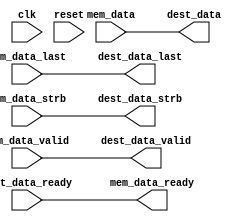
// ***************************************************************************
// ***************************************************************************
// Copyright 2014 - 2017 (c) Analog Devices, Inc. All rights reserved.
//
// In this HDL repository, there are many different and unique modules, consisting
// of various HDL (Verilog or VHDL) components. The individual modules are
// developed independently, and may be accompanied by separate and unique license
// terms.
//
// The user should read each of these license terms, and understand the
// freedoms and responsibilities that he or she has by using this source/core.
//
// This core is distributed in the hope that it will be useful, but WITHOUT ANY
// WARRANTY; without even the implied warranty of MERCHANTABILITY or FITNESS FOR
// A PARTICULAR PURPOSE.
//
// Redistribution and use of source or resulting binaries, with or without modification
// of this file, are permitted under one of the following two license terms:
//
//   1. The GNU General Public License version 2 as published by the
//      Free Software Foundation, which can be found in the top level directory
//      of this repository (LICENSE_GPL2), and also online at:
//      <https://www.gnu.org/licenses/old-licenses/gpl-2.0.html>
//
// OR
//
//   2. An ADI specific BSD license, which can be found in the top level directory
//      of this repository (LICENSE_ADIBSD), and also on-line at:
//      https://github.com/analogdevicesinc/hdl/blob/master/LICENSE_ADIBSD
//      This will allow to generate bit files and not release the source code,
//      as long as it attaches to an ADI device.
//
// ***************************************************************************
// ***************************************************************************

`timescale 1ns/100ps

module axi_dmac_resize_dest #(
  parameter DATA_WIDTH_DEST = 64,
  parameter DATA_WIDTH_MEM = 64
) (
  input clk,
  input reset,

  input mem_data_valid,
  output mem_data_ready,
  input [DATA_WIDTH_MEM-1:0] mem_data,
  input mem_data_last,
  input [DATA_WIDTH_MEM/8-1:0] mem_data_strb,

  output dest_data_valid,
  input dest_data_ready,
  output [DATA_WIDTH_DEST-1:0] dest_data,
  output dest_data_last,
  output [DATA_WIDTH_DEST/8-1:0] dest_data_strb
);

/*
 * Resize the data width between the burst memory and the destination interface
 * if necessary.
 */

generate if (DATA_WIDTH_DEST == DATA_WIDTH_MEM)  begin
  assign dest_data_valid = mem_data_valid;
  assign dest_data = mem_data;
  assign dest_data_last = mem_data_last;
  assign dest_data_strb = mem_data_strb;
  assign mem_data_ready = dest_data_ready;
end else begin

  localparam RATIO = DATA_WIDTH_MEM / DATA_WIDTH_DEST;

  reg [$clog2(RATIO)-1:0] count = 'h0;
  reg valid = 1'b0;
  reg [RATIO-1:0] last = 'h0;
  reg [DATA_WIDTH_MEM-1:0] data = 'h0;
  reg [DATA_WIDTH_MEM/8-1:0] strb = {DATA_WIDTH_MEM/8{1'b1}};

  wire last_beat;

  assign last_beat = (count == RATIO - 1) | last[0];

  always @(posedge clk) begin
    if (reset == 1'b1) begin
      valid <= 1'b0;
    end else if (mem_data_valid == 1'b1) begin
      valid <= 1'b1;
    end else if (last_beat == 1'b1 && dest_data_ready == 1'b1) begin
      valid <= 1'b0;
    end
  end

  always @(posedge clk) begin
    if (reset == 1'b1) begin
      count <= 'h0;
    end else if (dest_data_ready == 1'b1 && dest_data_valid == 1'b1) begin
      if (last_beat == 1'b1) begin
        count <= 'h0;
      end else begin
        count <= count + 1;
      end
    end
  end

  assign mem_data_ready = ~valid | (dest_data_ready & last_beat);

  integer i;
  always @(posedge clk) begin
    if (mem_data_ready == 1'b1) begin
      data <= mem_data;

      /*
       * Skip those words where strb would be completely zero for the output
       * word. We assume that strb is thermometer encoded (i.e. a certain number
       * of LSBs are 1'b1 followed by all 1'b0 in the MSBs) and by extension
       * that if the first strb bit for a word is zero that means that all strb
       * bits for a word will be zero.
       */
      for (i = 0; i < RATIO-1; i = i + 1) begin
        last[i] <= mem_data_last & ~mem_data_strb[(i+1)*(DATA_WIDTH_MEM/8/RATIO)];
      end
      last[RATIO-1] <= mem_data_last;
      strb <= mem_data_strb;
    end else if (dest_data_ready == 1'b1) begin
      data[DATA_WIDTH_MEM-DATA_WIDTH_DEST-1:0] <= data[DATA_WIDTH_MEM-1:DATA_WIDTH_DEST];
      strb[(DATA_WIDTH_MEM-DATA_WIDTH_DEST)/8-1:0] <= strb[DATA_WIDTH_MEM/8-1:DATA_WIDTH_DEST/8];
      last[RATIO-2:0] <= last[RATIO-1:1];
    end
  end

  assign dest_data_valid = valid;
  assign dest_data = data[DATA_WIDTH_DEST-1:0];
  assign dest_data_strb = strb[DATA_WIDTH_DEST/8-1:0];
  assign dest_data_last = last[0];

end endgenerate

endmodule